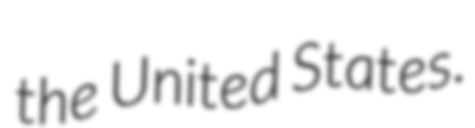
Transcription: the United States.